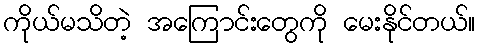
ကိုယ်မသိတဲ့ အကြောင်းတွေကို မေးနိုင်တယ်။